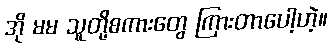
အို မမ သူတို့စကားတွေ ကြားတာပေါ့ဟဲ့။